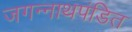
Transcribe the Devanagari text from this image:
जगन्नाथपंडित